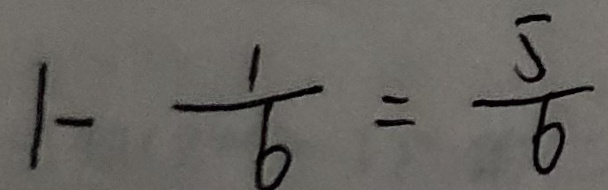
1 - \frac { 1 } { 6 } = \frac { 5 } { 6 }